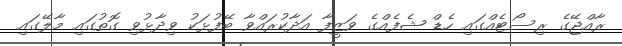
ރާއްޖޭގެ ރިސޯޓެއްގައި ހެޑް ޝެފެއްގެ ވަޒީފާ އަދާކުރައްވާ ބޭފުޅަކު ވިދާޅުވި ގޮތުގައި މާލޭގައި